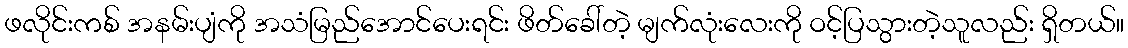
ဖလိုင်းကစ် အနမ်းပျံကို အသံမြည်အောင်ပေးရင်း ဖိတ်ခေါ်တဲ့ မျက်လုံးလေးကို ဝင့်ပြသွားတဲ့သူလည်း ရှိတယ်။